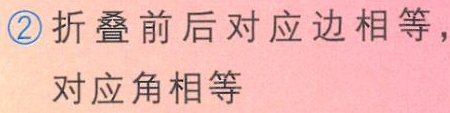
\textcircled{2}折叠前后对应边相等，

对应角相等